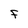
Character: f